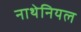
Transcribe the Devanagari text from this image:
नाथेनियल